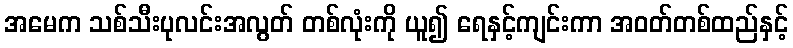
အမေက သစ်သီးပုလင်းအလွတ် တစ်လုံးကို ယူ၍ ရေနှင့်ကျင်းကာ အဝတ်တစ်ထည်နှင့်